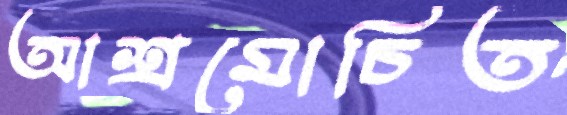
আশ্রমোচিত